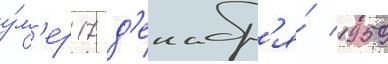
у́м'ер 17 д'екабр'я́ 1959